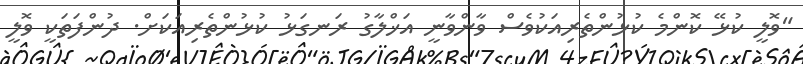
"ވޮލީ ކުޅޭ ކޮންމެ ކުޅުންތެރިއަކުވެސް ވާންވާނީ އަޚްލާގު ރަނގަޅު ކުޅުންތެރިއަކަށް. ދުންފަތަކީ ވޮލީ